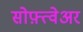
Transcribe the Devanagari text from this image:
सोफ़्त्वेअर